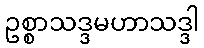
ဥစ္စာသဒ္ဒမဟာသဒ္ဒါ